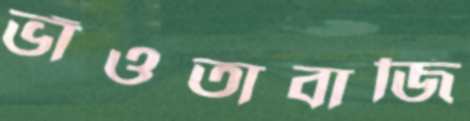
ভাঁওতাবাজি